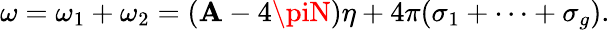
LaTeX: \omega=\omega_{1}+\omega_{2}=(\mathbf{A}-4\piN)\eta+4\pi(\sigma_{1}+\cdots+\sigma_{g}).